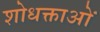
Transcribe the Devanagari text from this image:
शोधक्ताओं